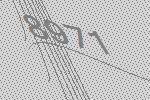
8971